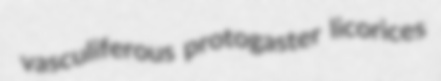
vasculiferous protogaster licorices